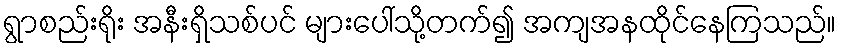
ရွာစည်းရိုး အနီးရှိသစ်ပင် များပေါ်သို့တက်၍ အကျအနထိုင်နေကြသည်။